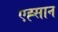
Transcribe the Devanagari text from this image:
एह्सान